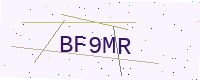
Text: BF9MR